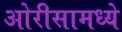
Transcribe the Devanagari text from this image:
ओरीसामध्ये